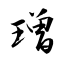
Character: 璔